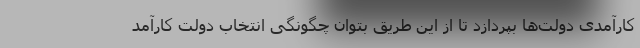
کارآمدی دولت‌ها بپردازد تا از این طریق بتوان چگونگی انتخاب دولت کارآمد